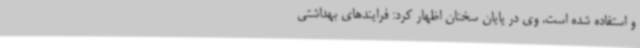
و استفاده‌ شده است. وی در پایان سخنان اظهار کرد: فرایندهای بهداشتی